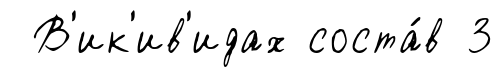
В'ик'ив'идах соста́в 3